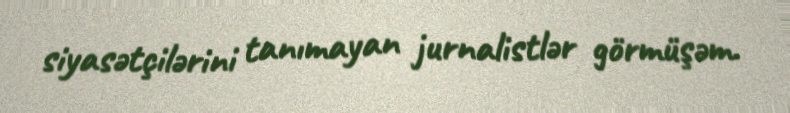
siyasətçilərini tanımayan jurnalistlər görmüşəm.